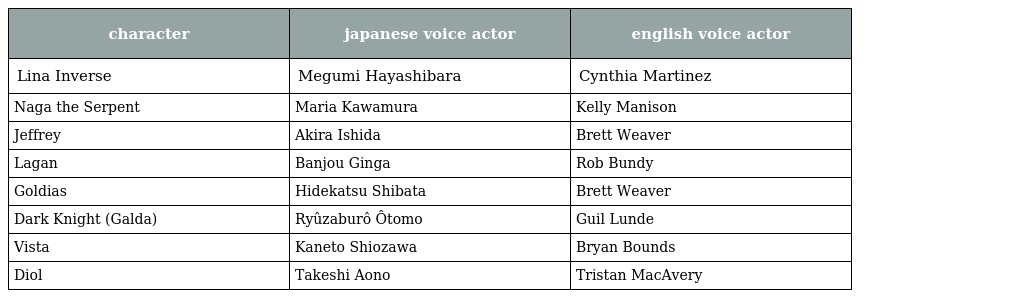
| character | japanese voice actor | english voice actor |
 | --- | --- | --- |
 | Lina Inverse | Megumi Hayashibara | Cynthia Martinez |
 | Naga the Serpent | Maria Kawamura | Kelly Manison |
 | Jeffrey | Akira Ishida | Brett Weaver |
 | Lagan | Banjou Ginga | Rob Bundy |
 | Goldias | Hidekatsu Shibata | Brett Weaver |
 | Dark Knight (Galda) | Ryûzaburô Ôtomo | Guil Lunde |
 | Vista | Kaneto Shiozawa | Bryan Bounds |
 | Diol | Takeshi Aono | Tristan MacAvery |